Source: Handwritten
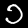
Digit: ၁ (1)